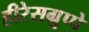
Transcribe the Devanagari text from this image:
हीरेसग्रुप्पे